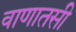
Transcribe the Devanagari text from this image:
वाणातसी